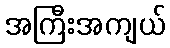
အကြီးအကျယ်